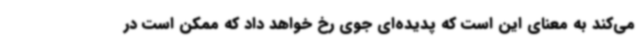
می‌کند به معنای این است که پدیده‌ای جوی رخ خواهد داد که ممکن است در